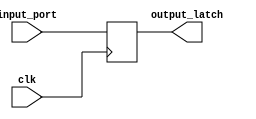
`timescale 1ns / 1ps
//////////////////////////////////////////////////////////////////////////////////
// Company: 
// Engineer: 
// 
// Design Name: 
// Module Name: register
// Project Name: 
// Target Devices: 
// Tool Versions: 
// Description: 
// 
// Dependencies: 
// 
// Revision:
// Revision 0.01 - File Created
// Additional Comments:
// 
//////////////////////////////////////////////////////////////////////////////////


module Register (
    input wire clk,
    input wire signed [63:0] input_port,
    output reg signed [63:0] output_latch
);

always @(posedge clk) begin
    // Update the register on the positive edge of the clock
    output_latch <= input_port;
end

endmodule